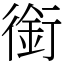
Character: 銜